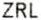
ZRL